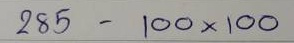
285 - 100 x 100